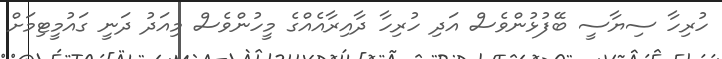
ހުރިހާ ސިޔާސީ ބޭފުޅުންވެސް އަދި ހުރިހާ ދާއިރާއެއްގެ މީހުންވެސް މިއަދު ދަނީ ގައުމީޓިމަށް